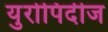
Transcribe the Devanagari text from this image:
युरोपिदीज